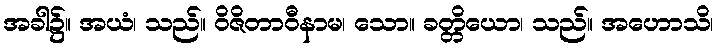
အခါ၌။ အယံ၊ သည်။ ဝိဇိတာဝီနာမ၊ သော။ ခတ္တိယော၊ သည်။ အဟောသိ၊